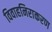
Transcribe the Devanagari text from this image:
विवाहनिराकरण